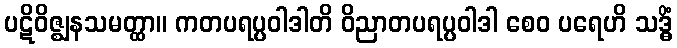
ပဋိဝိဇ္ဈနသမတ္ထာ။ ကတပရပ္ပဝါဒါတိ ဝိညာတပရပ္ပဝါဒါ စေဝ ပရေဟိ သဒ္ဓိံ